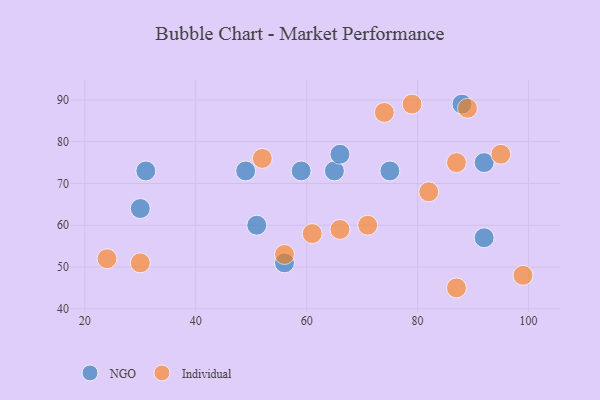
{"axis": {"x": "GDP", "y": "Life Expectancy"}, "legend": ["Individual", "NGO"], "data": [{"x": "65", "y": 73, "type": "NGO"}, {"x": "92", "y": 57, "type": "NGO"}, {"x": "31", "y": 73, "type": "NGO"}, {"x": "66", "y": 77, "type": "NGO"}, {"x": "56", "y": 51, "type": "NGO"}, {"x": "49", "y": 73, "type": "NGO"}, {"x": "59", "y": 73, "type": "NGO"}, {"x": "75", "y": 73, "type": "NGO"}, {"x": "88", "y": 89, "type": "NGO"}, {"x": "51", "y": 60, "type": "NGO"}, {"x": "30", "y": 64, "type": "NGO"}, {"x": "92", "y": 75, "type": "NGO"}, {"x": "71", "y": 60, "type": "Individual"}, {"x": "99", "y": 48, "type": "Individual"}, {"x": "95", "y": 77, "type": "Individual"}, {"x": "87", "y": 45, "type": "Individual"}, {"x": "79", "y": 89, "type": "Individual"}, {"x": "82", "y": 68, "type": "Individual"}, {"x": "74", "y": 87, "type": "Individual"}, {"x": "56", "y": 53, "type": "Individual"}, {"x": "30", "y": 51, "type": "Individual"}, {"x": "61", "y": 58, "type": "Individual"}, {"x": "87", "y": 75, "type": "Individual"}, {"x": "89", "y": 88, "type": "Individual"}, {"x": "52", "y": 76, "type": "Individual"}, {"x": "66", "y": 59, "type": "Individual"}, {"x": "24", "y": 52, "type": "Individual"}]}